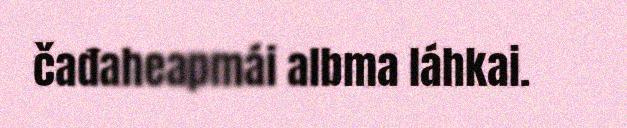
čađaheapmái albma láhkai.